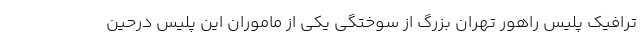
ترافیک پلیس راهور تهران بزرگ از سوختگی یکی از ماموران این پلیس درحین